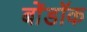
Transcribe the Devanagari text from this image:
बोंडॉक